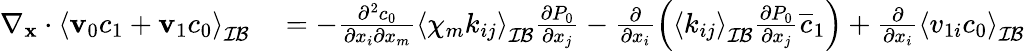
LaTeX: \begin{array}{rl}{\nabla_{\mathbf x}\cdot\left\langle\mathbf v_{0}c_{1}+\mathbf v_{1}c_{0}\right\rangle_{\mathcal{IB}}}&{{}=-\frac{\partial^{2}c_{0}}{\partial x_{i}\partial x_{m}}\left\langle\chi_{m}k_{ij}\right\rangle_{\mathcal{IB}}\frac{\partial P_{0}}{\partial x_{j}}-\frac{\partial}{\partial x_{i}}\left(\left\langle k_{ij}\right\rangle_{\mathcal{IB}}\frac{\partial P_{0}}{\partial x_{j}}\overline{{c}}_{1}\right)+\frac{\partial}{\partial x_{i}}\left\langle v_{1i}c_{0}\right\rangle_{\mathcal{IB}}}\end{array}